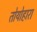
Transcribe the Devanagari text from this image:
तोयोहारा